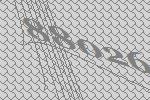
88026